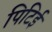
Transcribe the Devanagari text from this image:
पिटिई